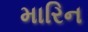
મારિન